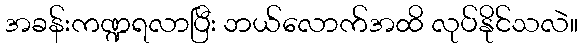
အခန်းကဏ္ဍရလာပြီး ဘယ်လောက်အထိ လုပ်နိုင်သလဲ။